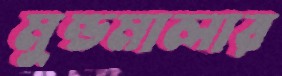
মুন্ডমালার